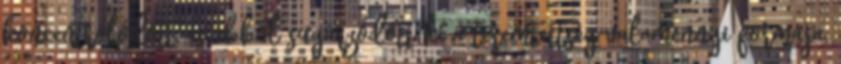
koncentrálódott, és ebből sugárzódott ki a teremtettség valamennyi formája,